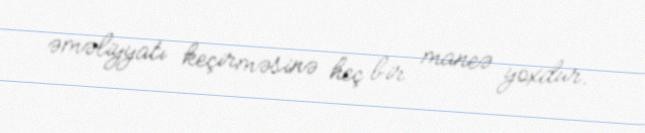
əməliyyatı keçirməsinə heç bir maneə yoxdur.